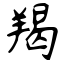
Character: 羯